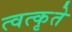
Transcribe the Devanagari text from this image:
त्वत्कृते